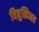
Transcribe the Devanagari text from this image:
विद्युत्विभव